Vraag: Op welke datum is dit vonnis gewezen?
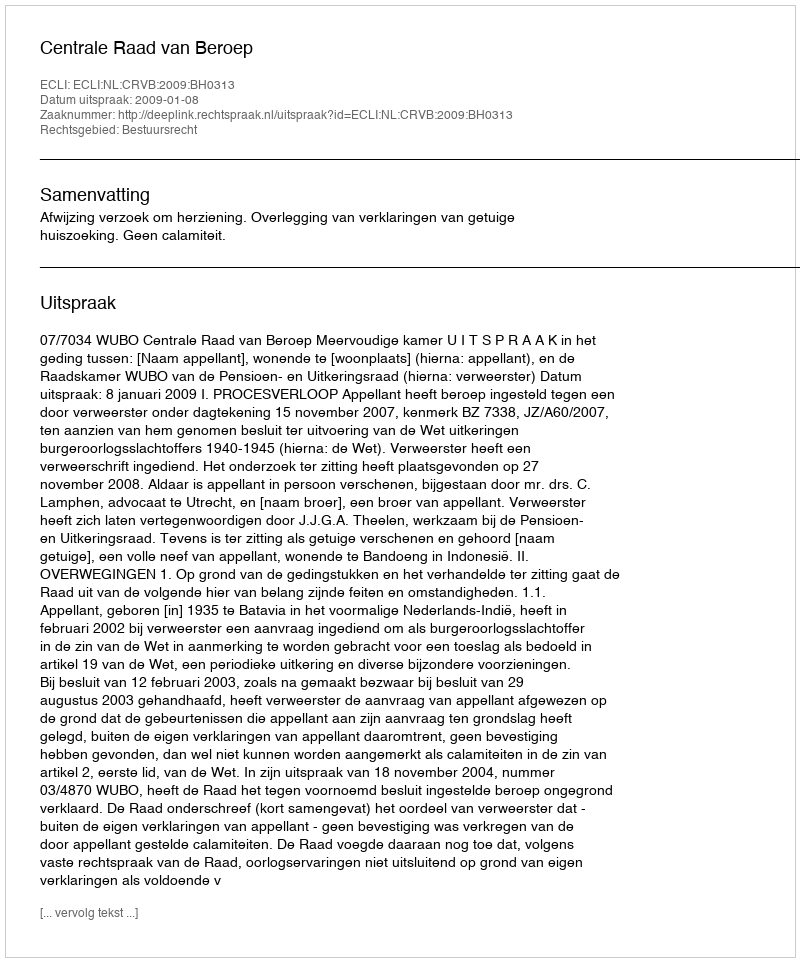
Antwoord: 2009-01-08